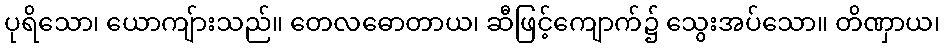
ပုရိသော၊ ယောကျ်ားသည်။ တေလဓောတာယ၊ ဆီဖြင့်ကျောက်၌ သွေးအပ်သော။ တိဏှာယ၊